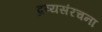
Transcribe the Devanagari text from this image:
द्रव्यसंरचना